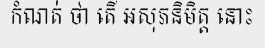
កំណត់ ថា តើ អសុភនិមិត្ត នោះ